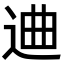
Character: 䢗